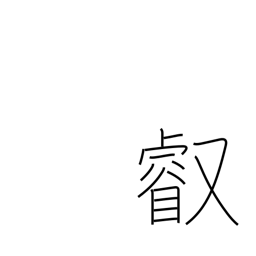
Meaning: imperial